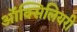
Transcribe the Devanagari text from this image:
ऑक्सिलियरी